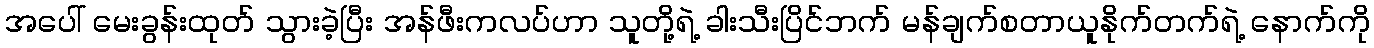
အပေါ် မေးခွန်းထုတ် သွားခဲ့ပြီး အန်ဖီးကလပ်ဟာ သူတို့ရဲ့ ခါးသီးပြိင်ဘက် မန်ချက်စတာယူနိုက်တက်ရဲ့ နောက်ကို